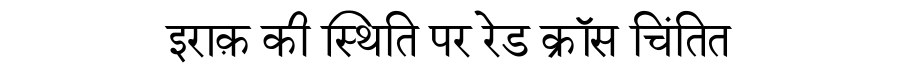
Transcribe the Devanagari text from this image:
इराक़ की स्थिति पर रेड क्रॉस चिंतित